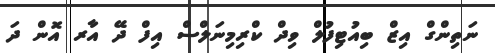
ނަތިންގް އިޒް ބިއުޓިފުލް ވިދް ކްރިމިނަލްސް އިފް ދޭ އާރ އޮން ދަ